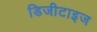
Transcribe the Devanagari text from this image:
डिजीटाइज